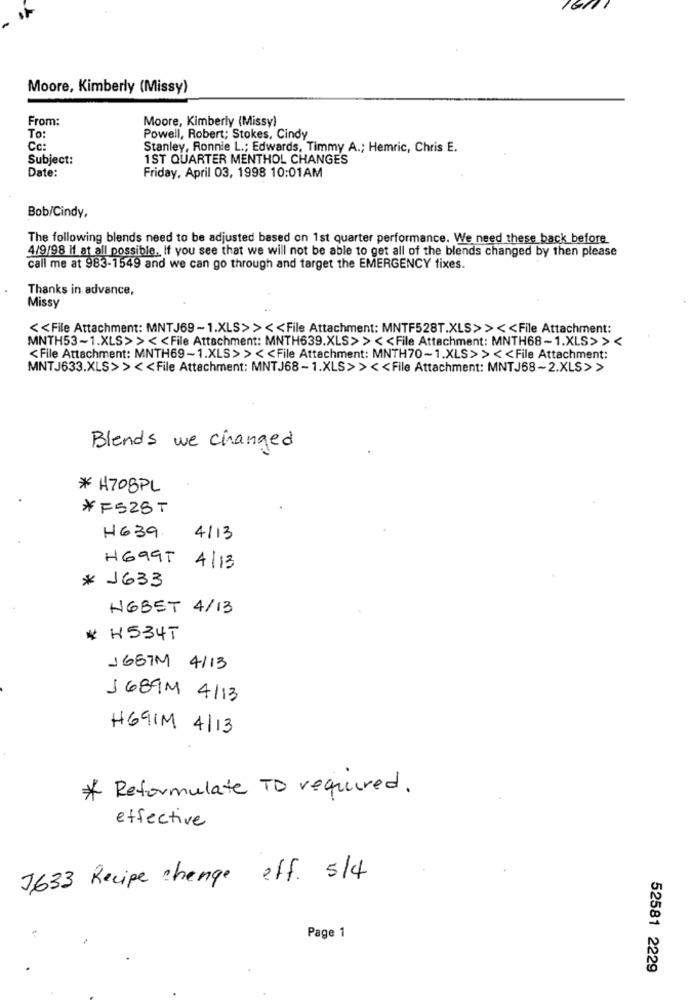
Moore, Kimberly (Missy)
From:
Moore, Kimberly (Missy)
To:
Powell, Robert; Stokes, Cindy
Cc:
Stanley, Ronnie L .; Edwards, Timmy A .; Hemric, Chris E.
Subject:
1ST QUARTER MENTHOL CHANGES
Date:
Friday, April 03, 1998 10:01AM
Bob/Cindy,
The following blends need to be adjusted based on 1st quarter performance. We need these back before
4/9/98 if at all possible. If you see that we will not be able to get all of the blends changed by then please
call me at 983-1549 and we can go through and target the EMERGENCY fixes.
Thanks in advance,
Missy
<< File Attachment: MNTJ69-1.XLS>> << File Attachment: MNTF528T.XLS>> << File Attachment:
MNTH53-1.XLS>> << File Attachment: MNTH639.XLS> > < < File Attachment: MNTH68-1.XLS>><
<File Attachment: MNTH69-1.XLS> > << File Attachment: MNTH70-1.XLS>> << File Attachment:
MNTJ633.XLS>> << File Attachment: MNTJ68-1.XLS>> << File Attachment: MNTJ68~2.XLS>>
Blends we changed
* H708PL
*F528 T
H639
4113
H699T 4113
* 1633
HGBET 4/13
# H534T
1657M 4/13
1 689M 4/13
H691M 4/13
* Reformulate TO required.
effective
J633 Recipe change eff. 5/4
Page 1
.
52581 2229